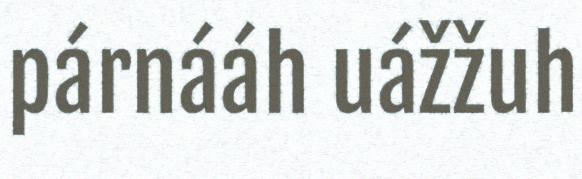
párnááh uážžuh